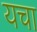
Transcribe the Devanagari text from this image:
यचा